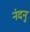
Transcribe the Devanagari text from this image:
नंदनु